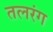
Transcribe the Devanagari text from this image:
तलरंग